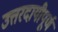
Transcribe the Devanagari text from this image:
उत्तरदायीपूर्ण